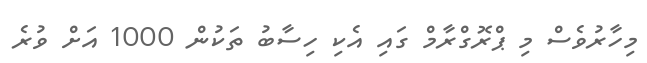
މިހާރުވެސް މި ޕްރޮގްރާމް ގައި އެކި ހިސާބު ތަކުން 1000 އަށް ވުރެ